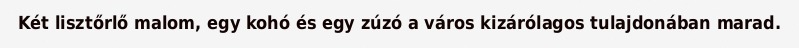
Két lisztőrlő malom, egy kohó és egy zúzó a város kizárólagos tulajdonában marad.